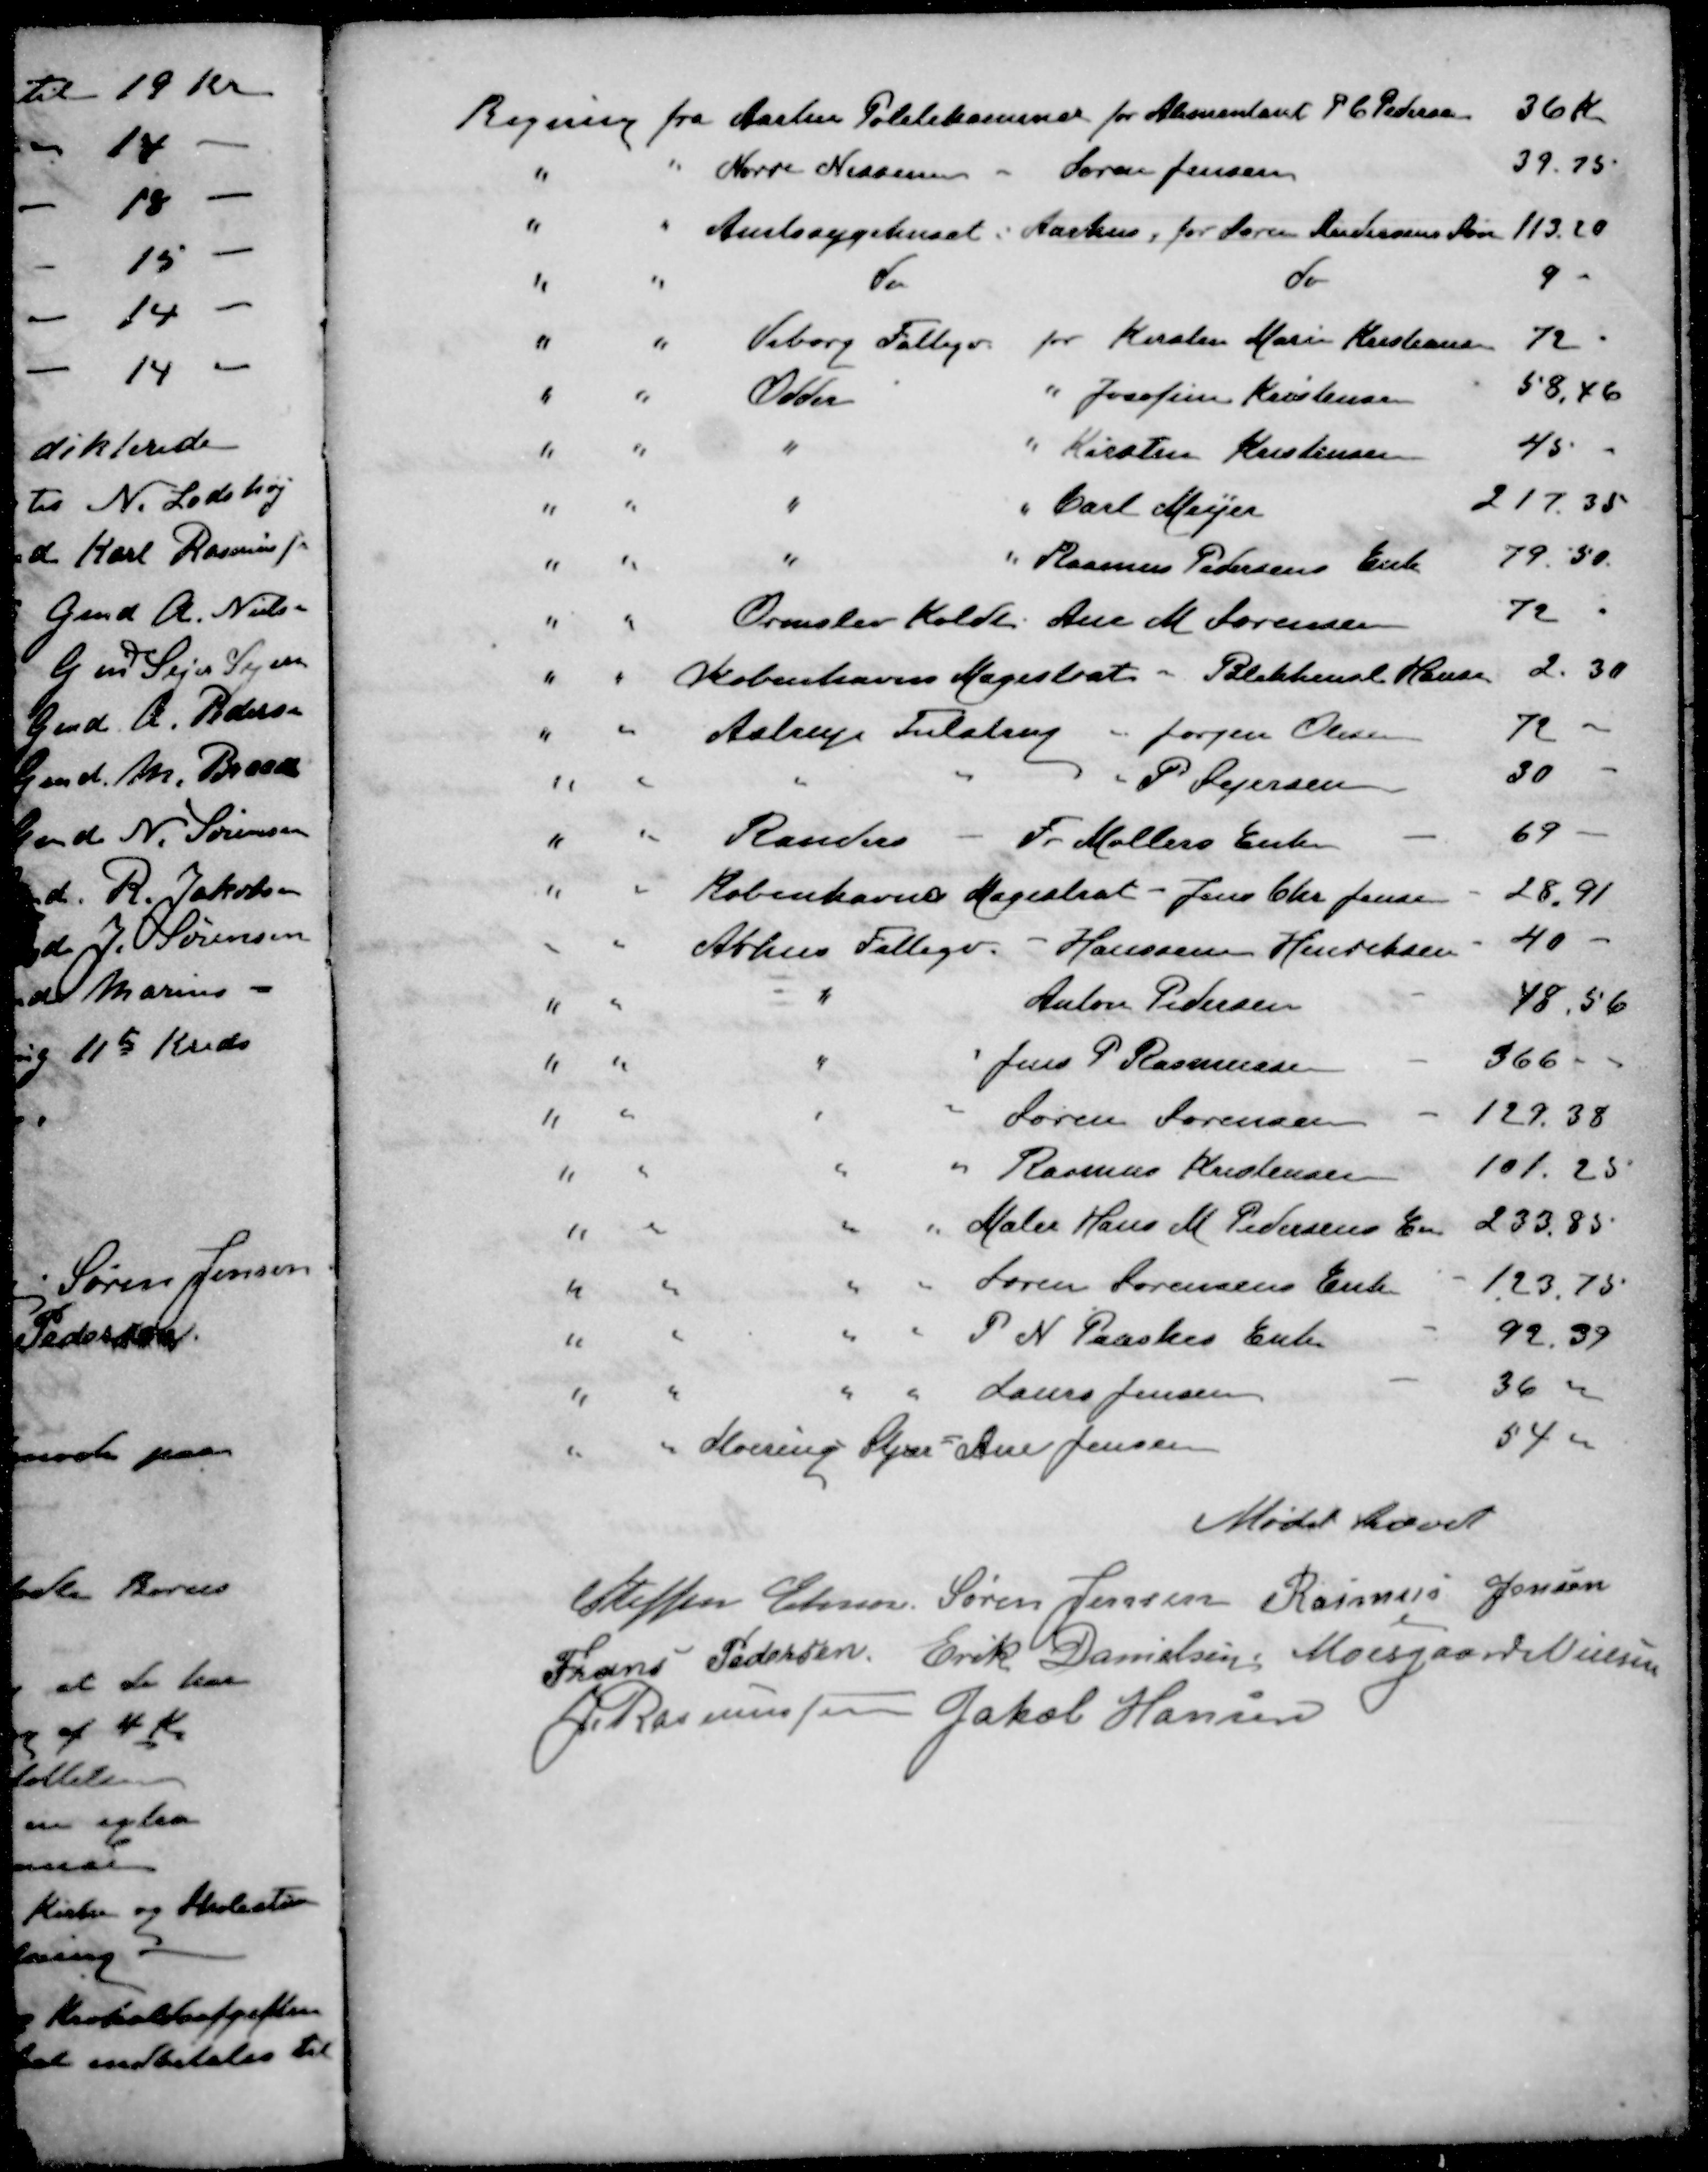
Transskription:
Regning fra Aarhus Politikammer for Alimentant P. C. Pedersen 36 Kr.
" " Nørre Nissen " Søren Jensen 39.75
" " Amtssygehuset i Aarhus, for Søren Andersens Søn 113.20
" " do do 9 -
" " Viborg Fattigv for Kirsten Marie Kristensen 72
" " Odder " Josefine Kristensen 58,46
" " " " Kirsten Kristensen 45
" " " " Carl Mejer 217.35
" " " " Rasmus Pedersens Enk 79.50
" " Ormslev Koldt Ane M. Sørensen 72
" " Københavns Magistrat - Blikkensl. Hansen 2.30
" " Astrup Tulstrup " Jørgen Olesen 72
" " " " " P Sejersen 30
" " Randers Fr Møllers Enke 69
" " Københavns Magistrat - Jens Chr. Jensen 28,91
" " Aarhus Fattigv. - Hanssine Henriksen 40
" " " Anton Pedersen 48,56
" " " " Jens P Rasmussen 366
" " " "  Søren Sørensen 129.38
" " " " Rasmus Kristensen 101.25
" " " " Maler Hans M Pedersens En 233,85
" " " " Søren Sørensens Enk 123,75
" " " " P N Paaskes Enke 92.39
" " " " Laurs Jensen 36 "
" " Storring Stjær " Ane Jensen 54 "
Mødet hævet
Steffen Elmose
Søren Jensen
Rasmus Jensen
Frans Pedersen
Erik Danielsen
Moesgaard Nielsen
J Rasmussen
Jakob Hansen